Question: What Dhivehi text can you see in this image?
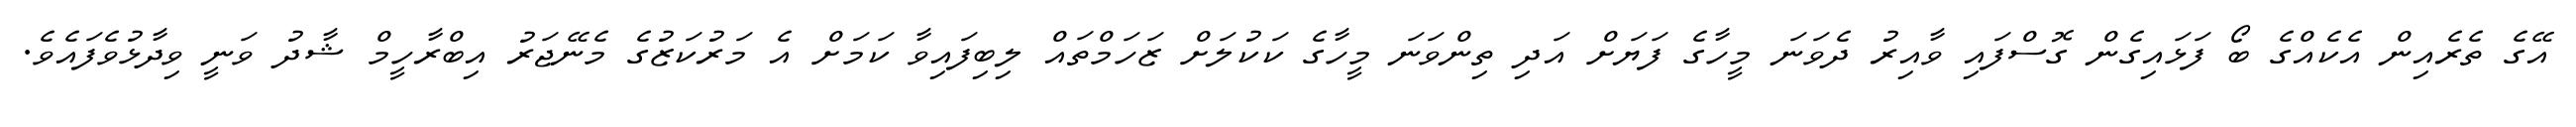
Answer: އޭގެ ތެރެއިން އެކެއްގެ ބޯ ފަޅައިގެން ގޮސްފައި ވާއިރު ދެވަނަ މީހާގެ ފަޔަށް އަދި ތިންވަނަ މީހާގެ ކަކުލަށް ޒަހަމްތައް ލިބިފައިވާ ކަމަށް އެ މަރުކަޒުގެ މެނޭޖަރު އިބްރާހީމް ޝާދު ވަނީ ވިދާޅުވެފައެވެ.